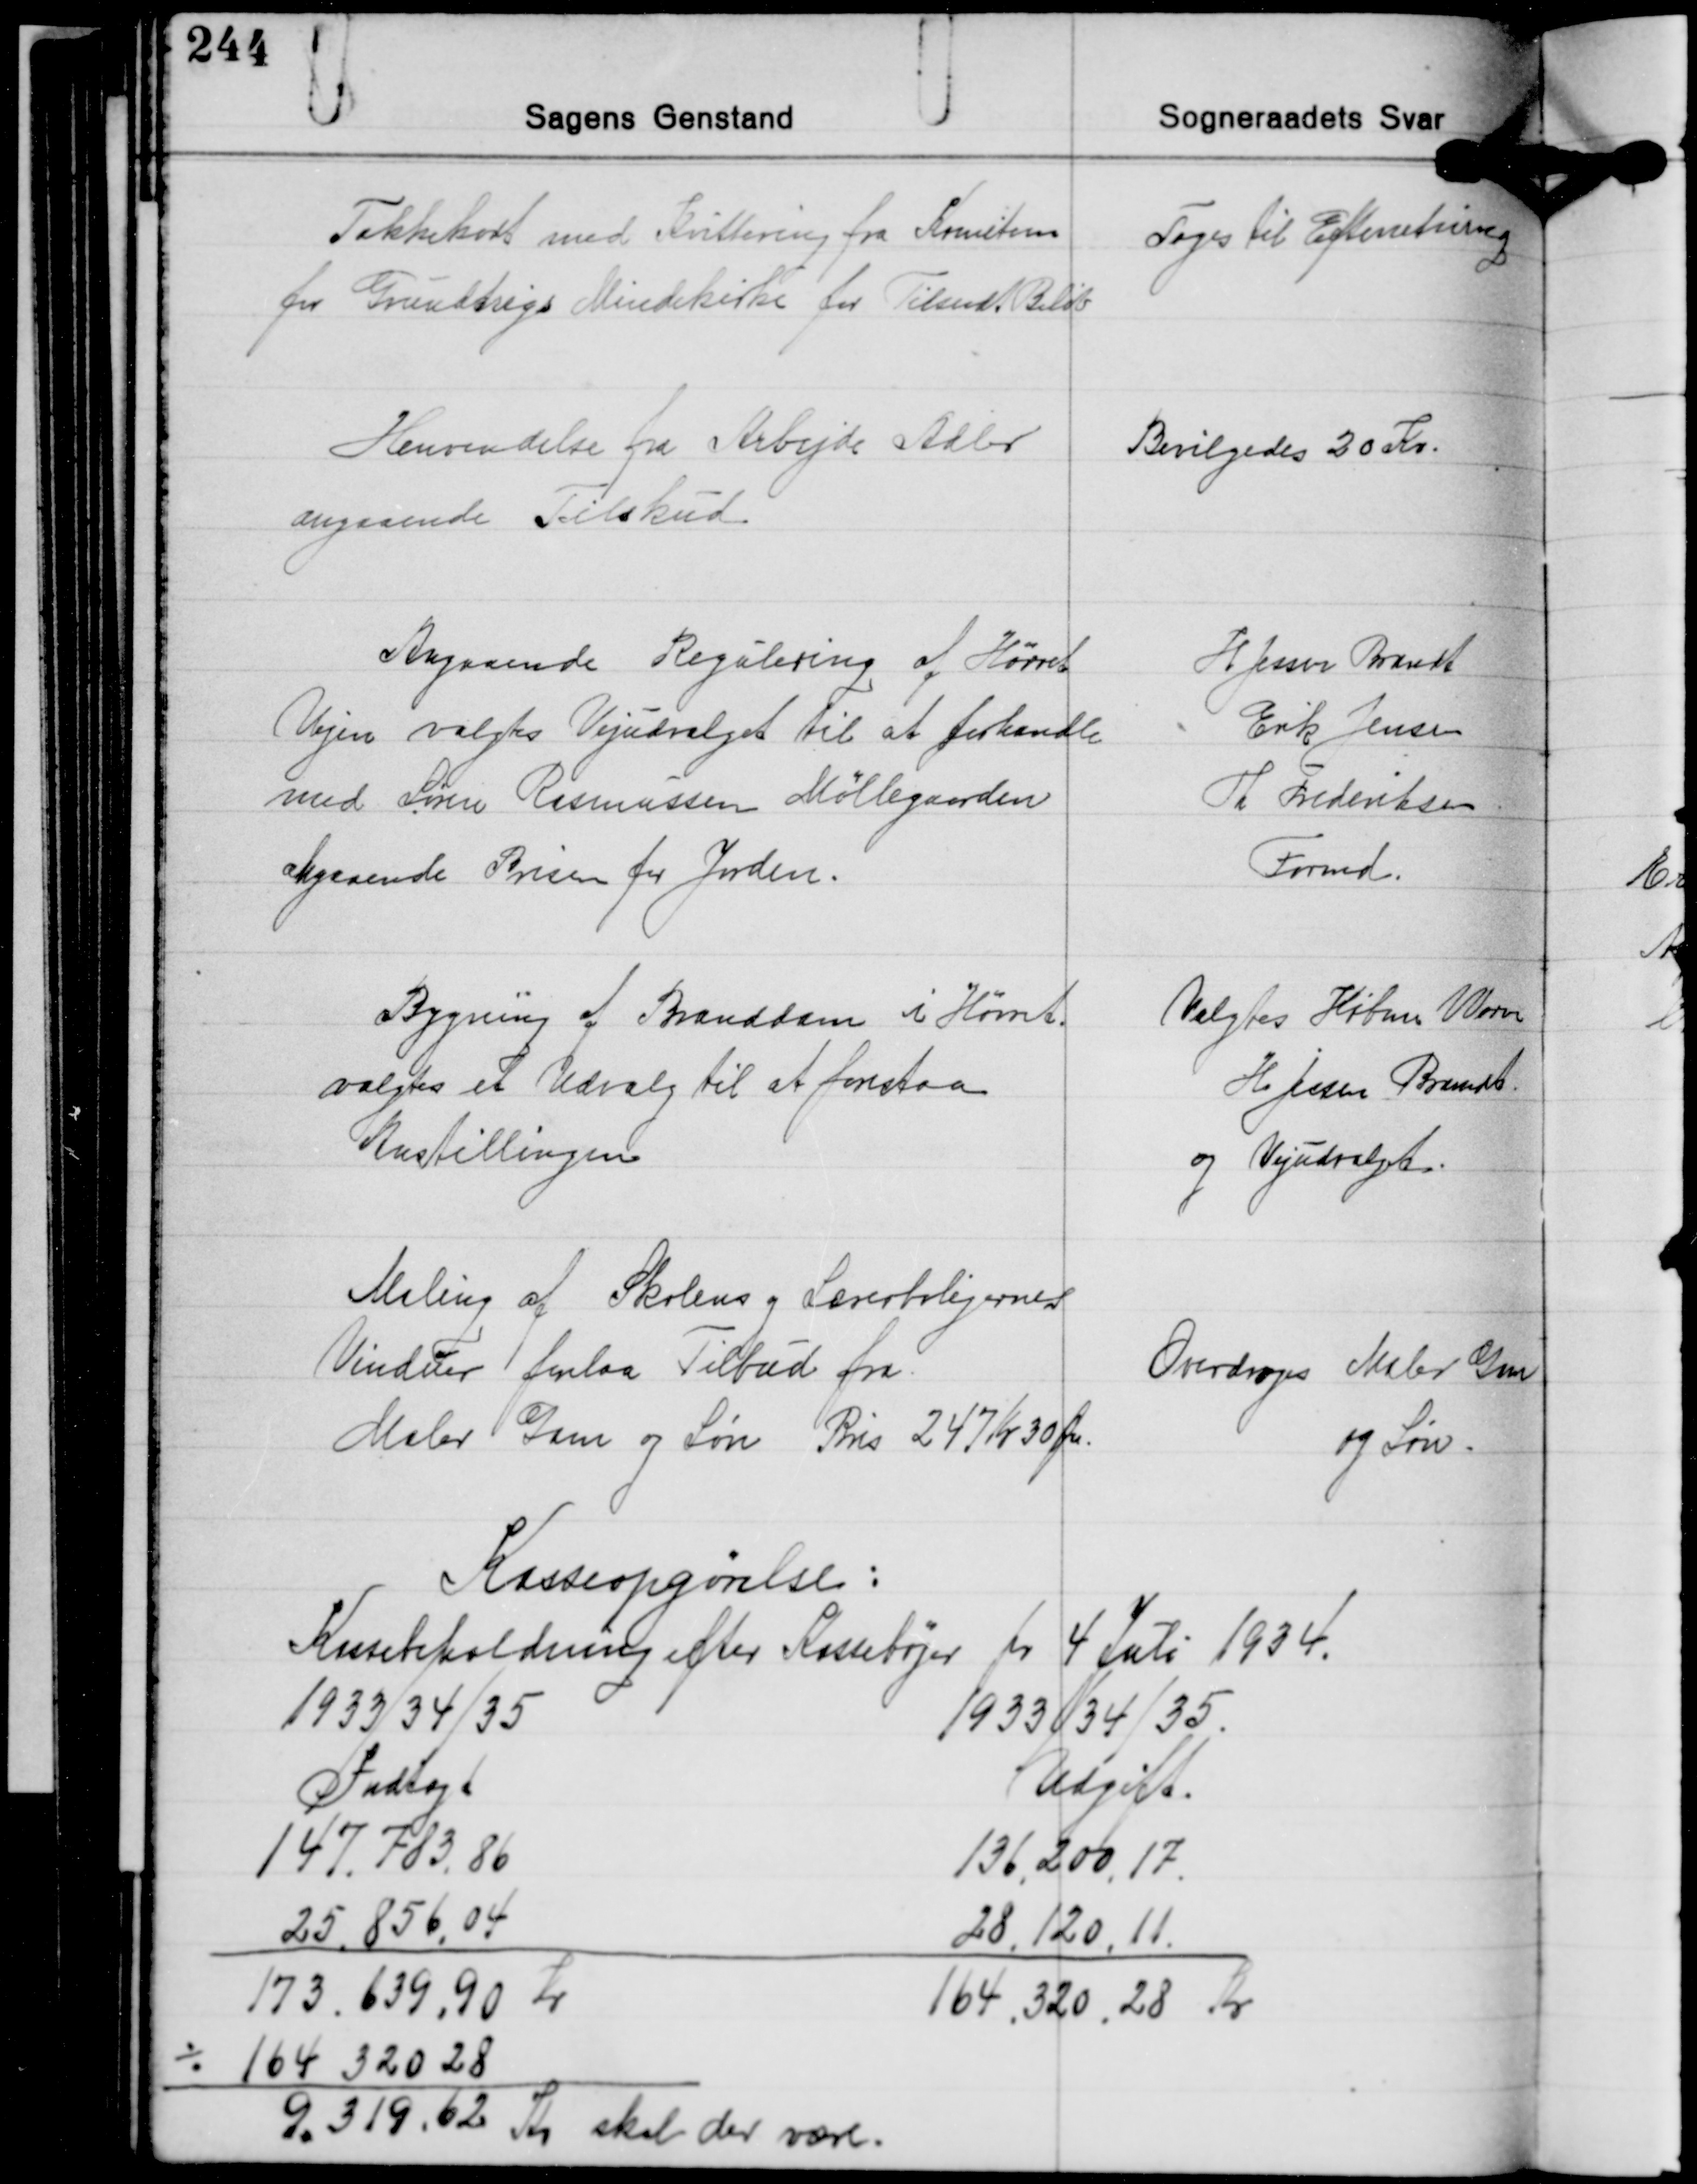
Transskription:
Takkekort med Kvittering fra Komiteen
for Grundtrigs Mindekirke for Tilsendt Beløb

Toges til Efterretning

Henvendelse fra Arbejde Adler
angaaende Tilskud

Bevilgedes 20 Kr.

Angaaende Regulering af Hørret
Vejen valgtes Vejudvalget til at forhandle
med Søren Rasmussen Møllegaarden
angaaende Prisen for Jorden.

H. Jessen Brandt
Erik Jensen
Th. Frederiksen
Formd.

Bygning af Branddam i Hørret.
valgtes et Udvalg til at forestaa
Anstillingen

Valgtes Købm. Worm
H. Jessen Brandt
og Vejudvalgt

Maling af Skolens og Lærerboligernes
Vinduer forelaa Tilbud fra
Maler Gam og Søn Pris 247. Kr 30 Øre.

Overdroges Maler Gam
og Søn.

Kasseopgørelse:
Kassebeholdning efter Kassebøger pr. 4 Juli 1934.

1933/34/35
Indtægt
147.783,86
25.856,04
173.639,90 Kr.
÷ 164.320,28
9.319,62 Kr. skal der være

1933/34/35
Udgift
136.200,17
28.120,11
164.320,28 Kr.